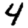
Digit: 4